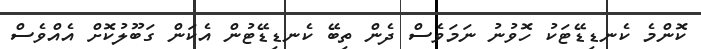
ކޮންމެ ކެނޑިޑޭޓަކު ހޮވުނު ނަމަވެސް ދެން ތިބޭ ކެނޑިޑޭޓުން އެކަން ގަބޫލުކޮށް އެއްވެސް